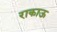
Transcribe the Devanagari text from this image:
राकाऊ